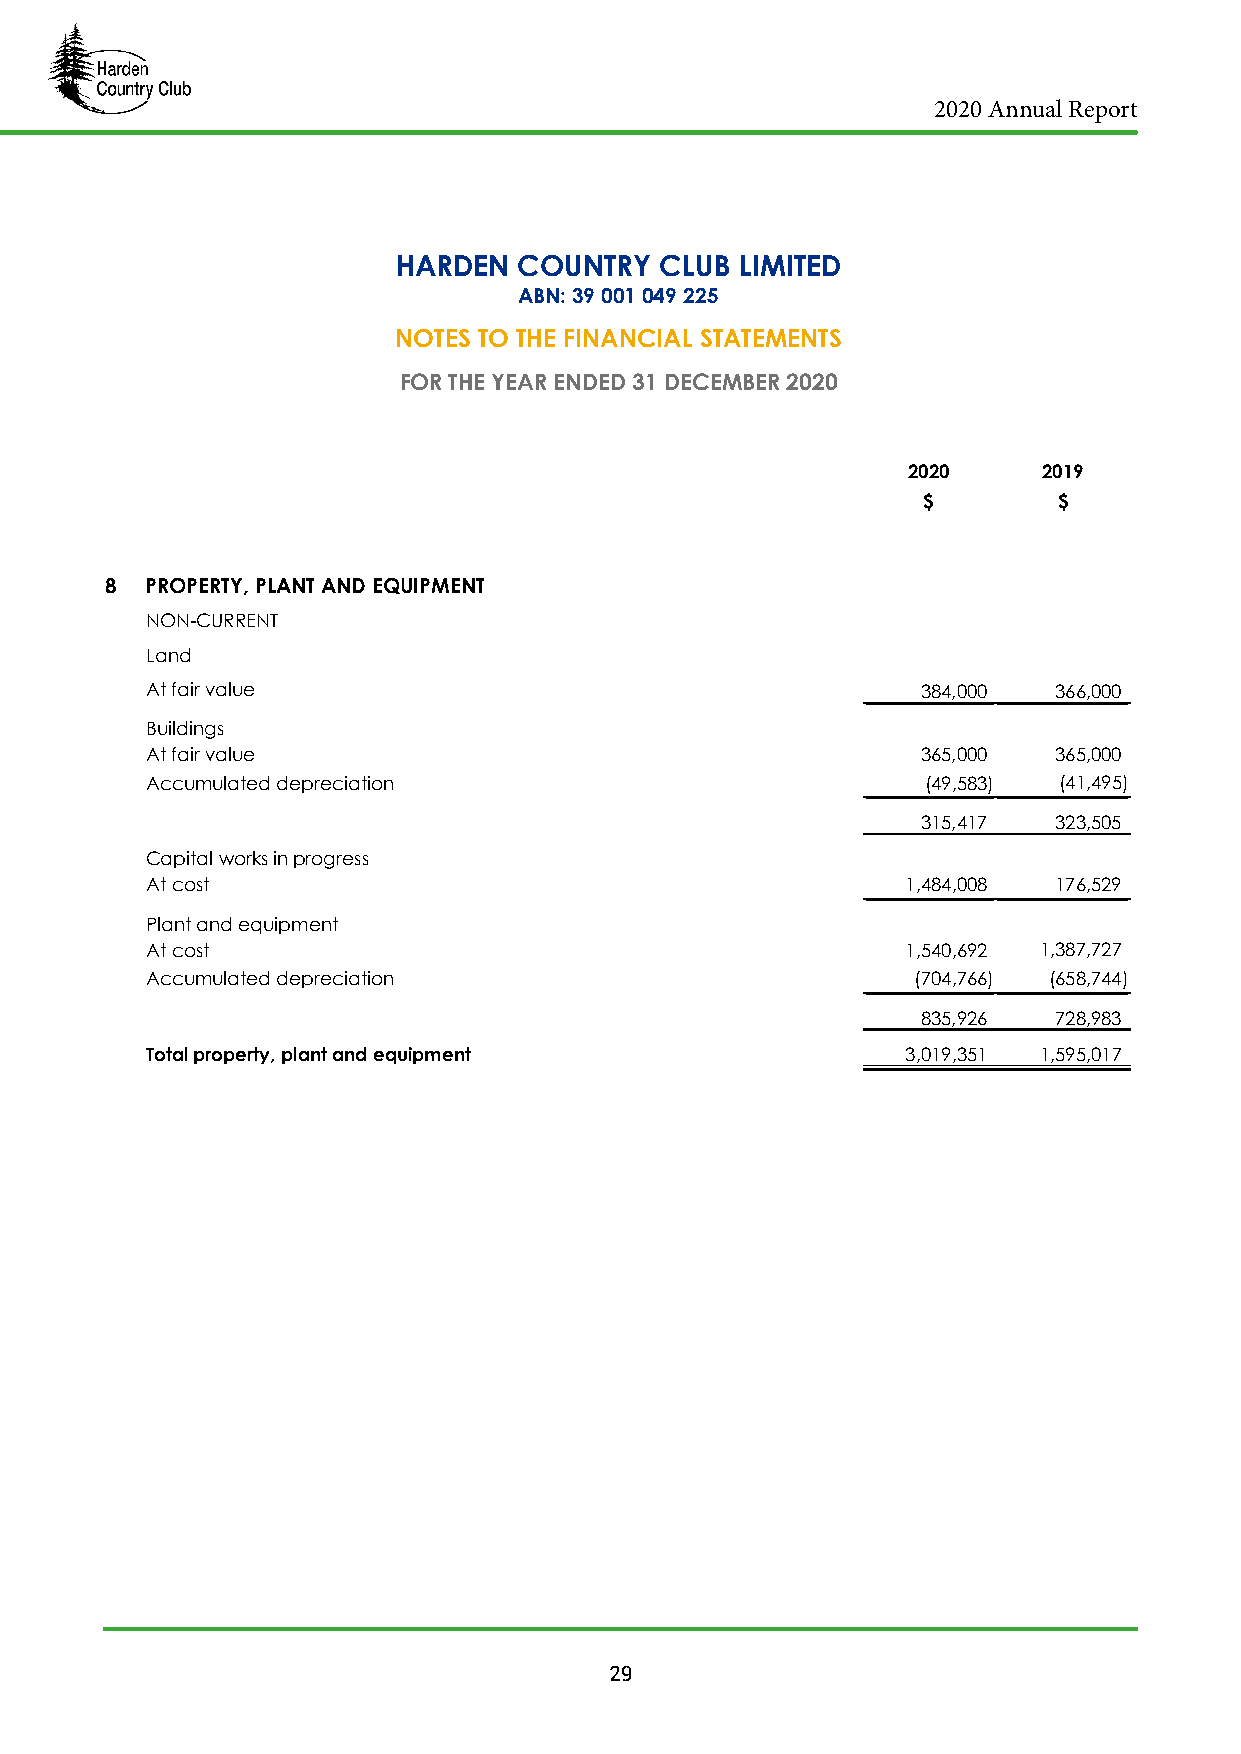
2020 Annual Report
 HARDEN  COUNTRY   CLUB LIMITED
 ABN: 39 001 049 225
 NOTES TO THE FINANCIAL STATEMENTS
 FOR THE YEAR ENDED 31 DECEMBER 2020
 2020     2019
 $        $
 8  PROPERTY, PLANT AND EQUIPMENT
 NON-CURRENT
 Land
 At fair value                                      384,000  366,000
 Buildings
 At fair value                                      365,000  365,000
 Accumulated depreciation                           (49,583) (41,495)
 315,417  323,505
 Capital works in progress
 At cost                                           1,484,008 176,529
 Plant and equipment
 At cost                                           1,540,692 1,387,727
 Accumulated depreciation                          (704,766) (658,744)
 835,926  728,983
 Total property, plant and equipment               3,019,351 1,595,017
 29